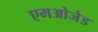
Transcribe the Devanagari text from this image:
एमओजेड